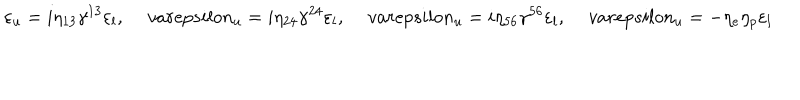
LaTeX: \varepsilon _ { u } = i \eta _ { 1 3 } \gamma ^ { 1 3 } \varepsilon _ { l } , \, v a r e p s i l o n _ { u } = i \eta _ { 2 4 } \gamma ^ { 2 4 } \varepsilon _ { l } , \, v a r e p s i l o n _ { u } = i \eta _ { 5 6 } \gamma ^ { 5 6 } \varepsilon _ { l } , \, v a r e p s i l o n _ { u } = - \eta _ { e } \eta _ { p } \varepsilon _ { l }